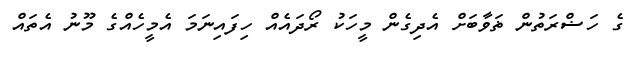
ގެ ހަޟްރަތުން ޡަވާބަށް އެދިގެން މީހަކު ރޯދައެއް ހިފައިނަމަ އެމީހެއްގެ މޫނު އެތައް